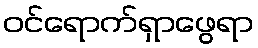
ဝင်ရောက်ရှာဖွေရာ